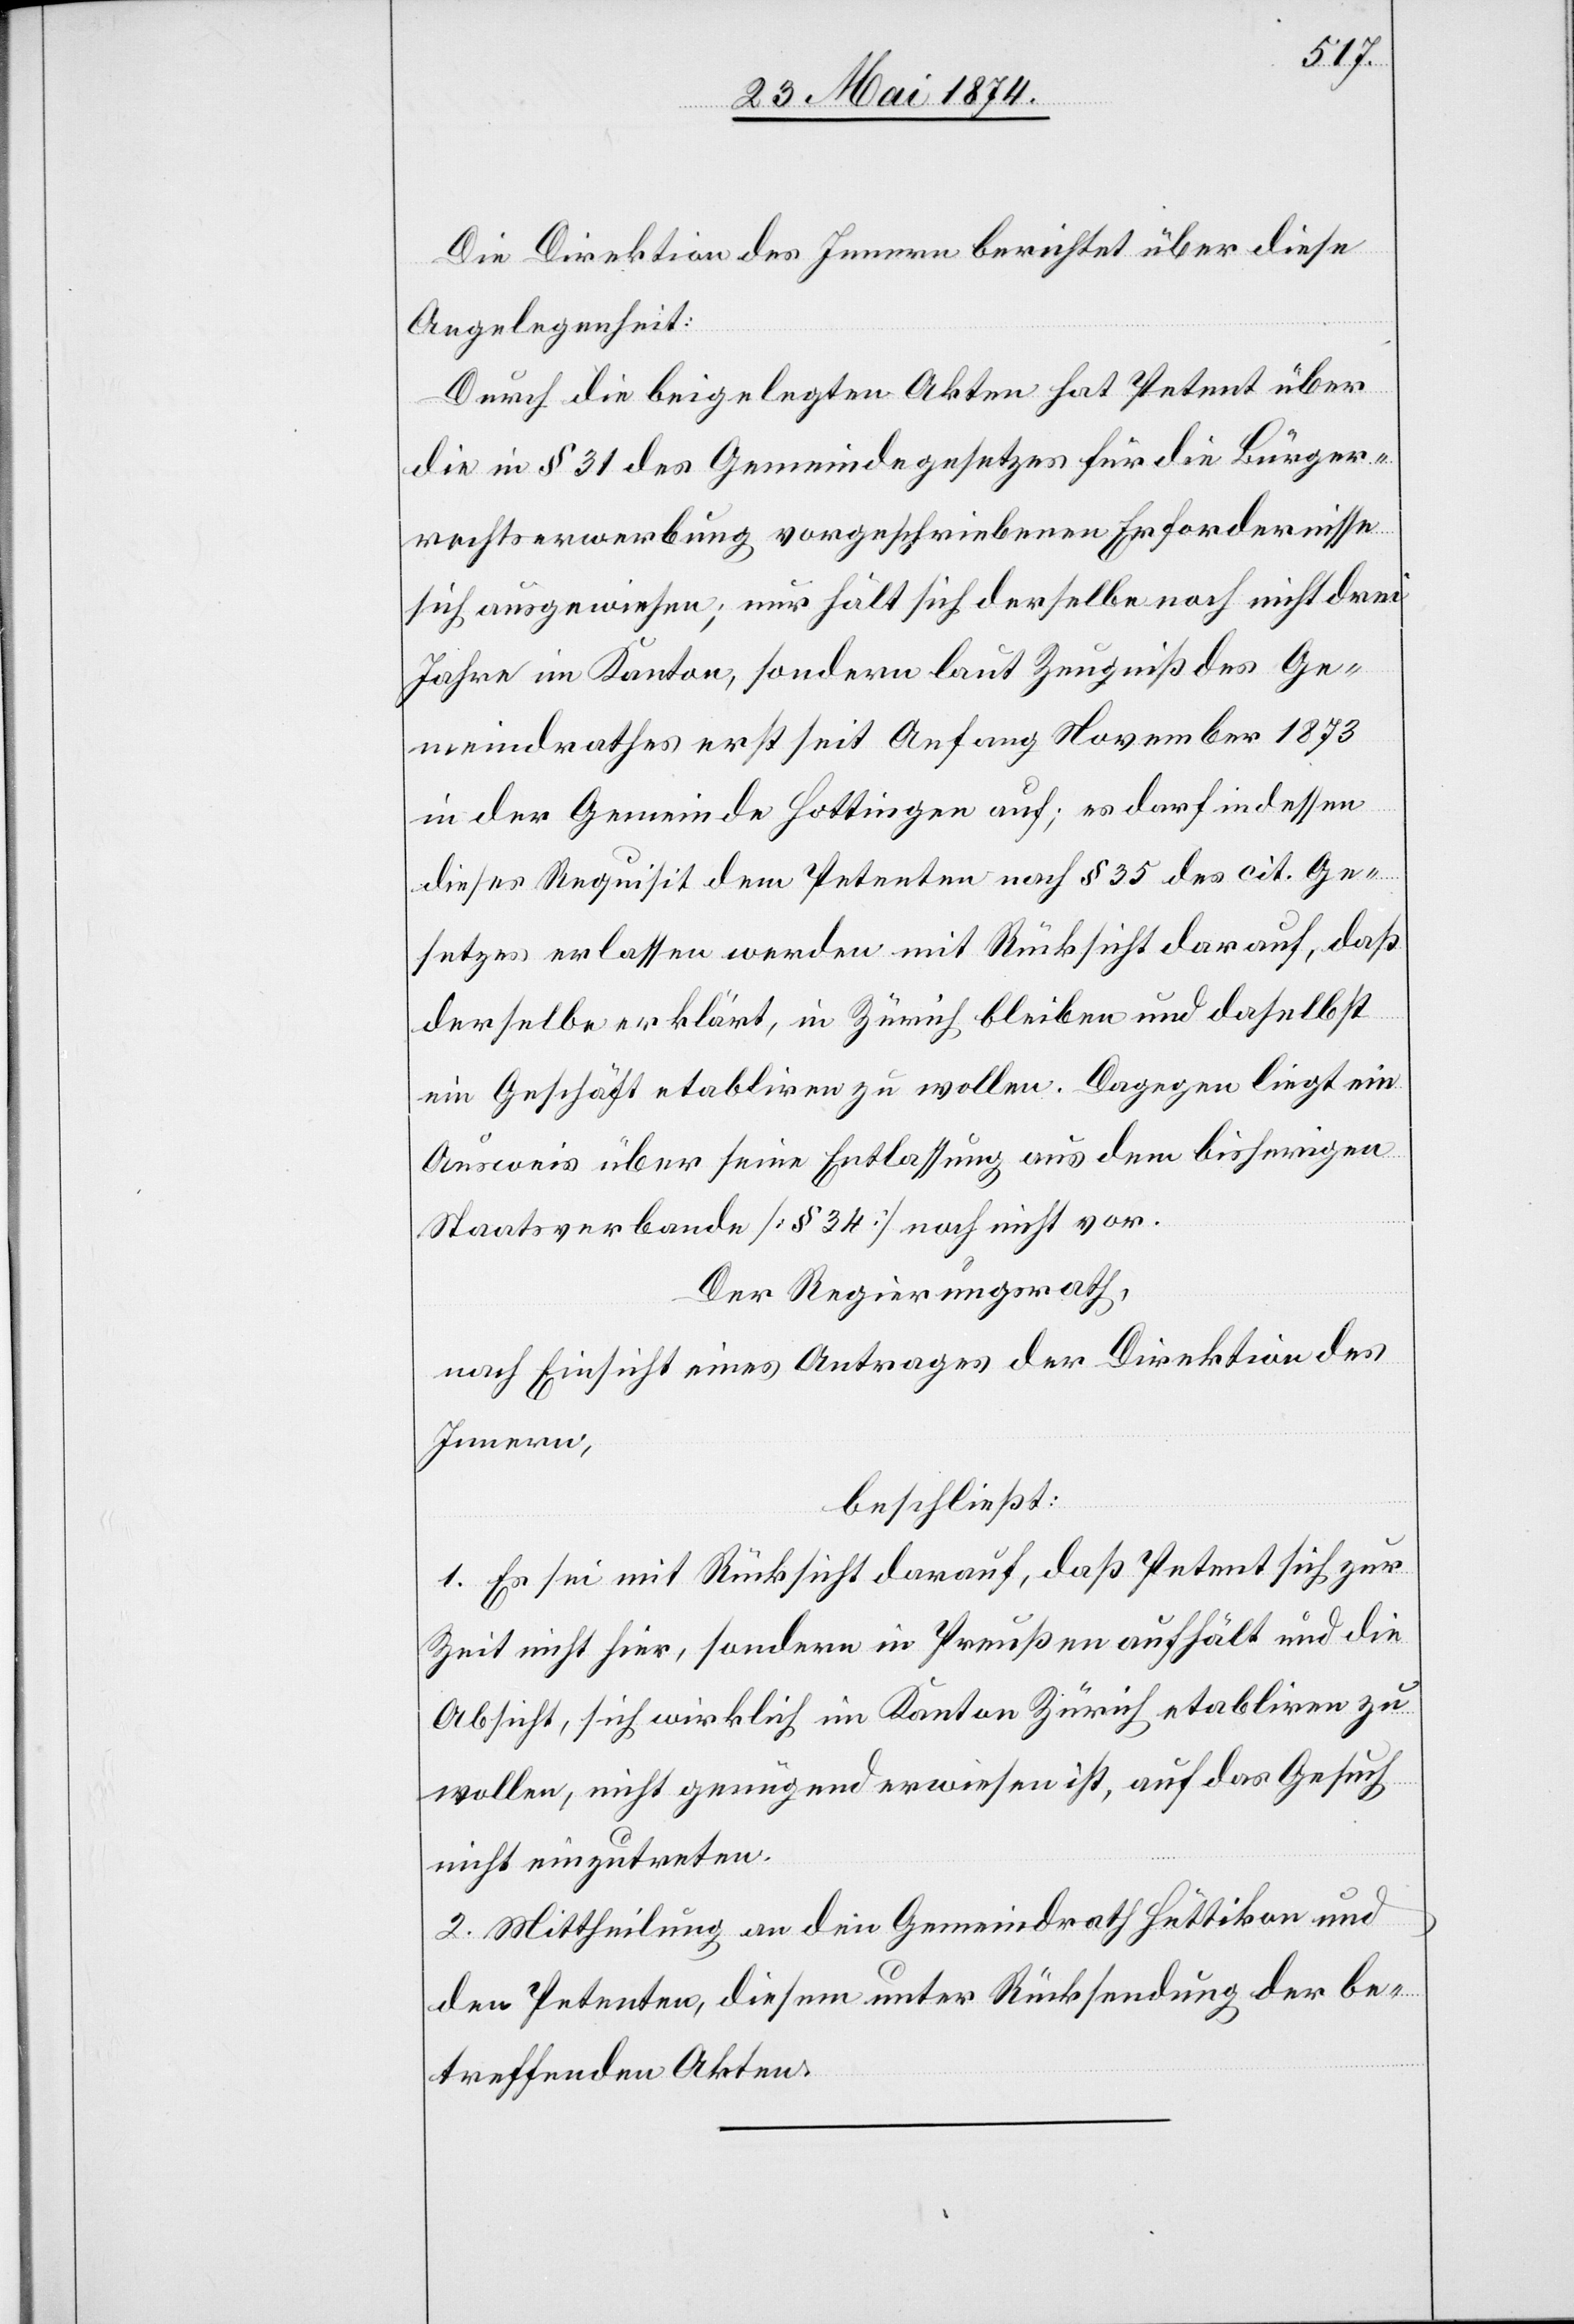
Die Direktion des Innern berichtet über diese
Angelegenheit:
Durch die beigelegten Akten hat Petent über
die in § 31 des Gemeindegesetzes für die Bürger¬
rechtserwerbung vorgeschriebenen Erfordernisse
sich ausgewiesen; nur hält sich derselbe noch nicht drei
Jahre im Kanton, sondern laut Zeugniß des Ge¬
meindrathes erst seit Anfang November 1873
in der Gemeinde Hottingen auf; es darf indessen
dieses Requisit dem Petenten nach § 35 des cit. Ge¬
setzes erlassen werden mit Rücksicht darauf, daß
derselbe erklärt, in Zürich bleiben und daselbst
ein Geschäft etabliren zu wollen. Dagegen liegt ein
Ausweis über seine Entlassung aus dem bisherigen
Staatsverbande [§ 34] noch nicht vor.
Der Regierungsrath,
nach Einsicht eines Antrages der Direktion des
Innern,
beschließt:
1. Es sei mit Rücksicht darauf, daß Petent sich zur
Zeit nicht hier, sondern in Preußen aufhält und die
Absicht, sich wirklich im Kanton Zürich etabliren zu
wollen, nicht genügend erwiesen ist, auf das Gesuch
nicht einzutreten.
2. Mittheilung an den Gemeindrath Hüttikon und
den Petenten, diesem unter Rücksendung der be¬
treffenden Akten.